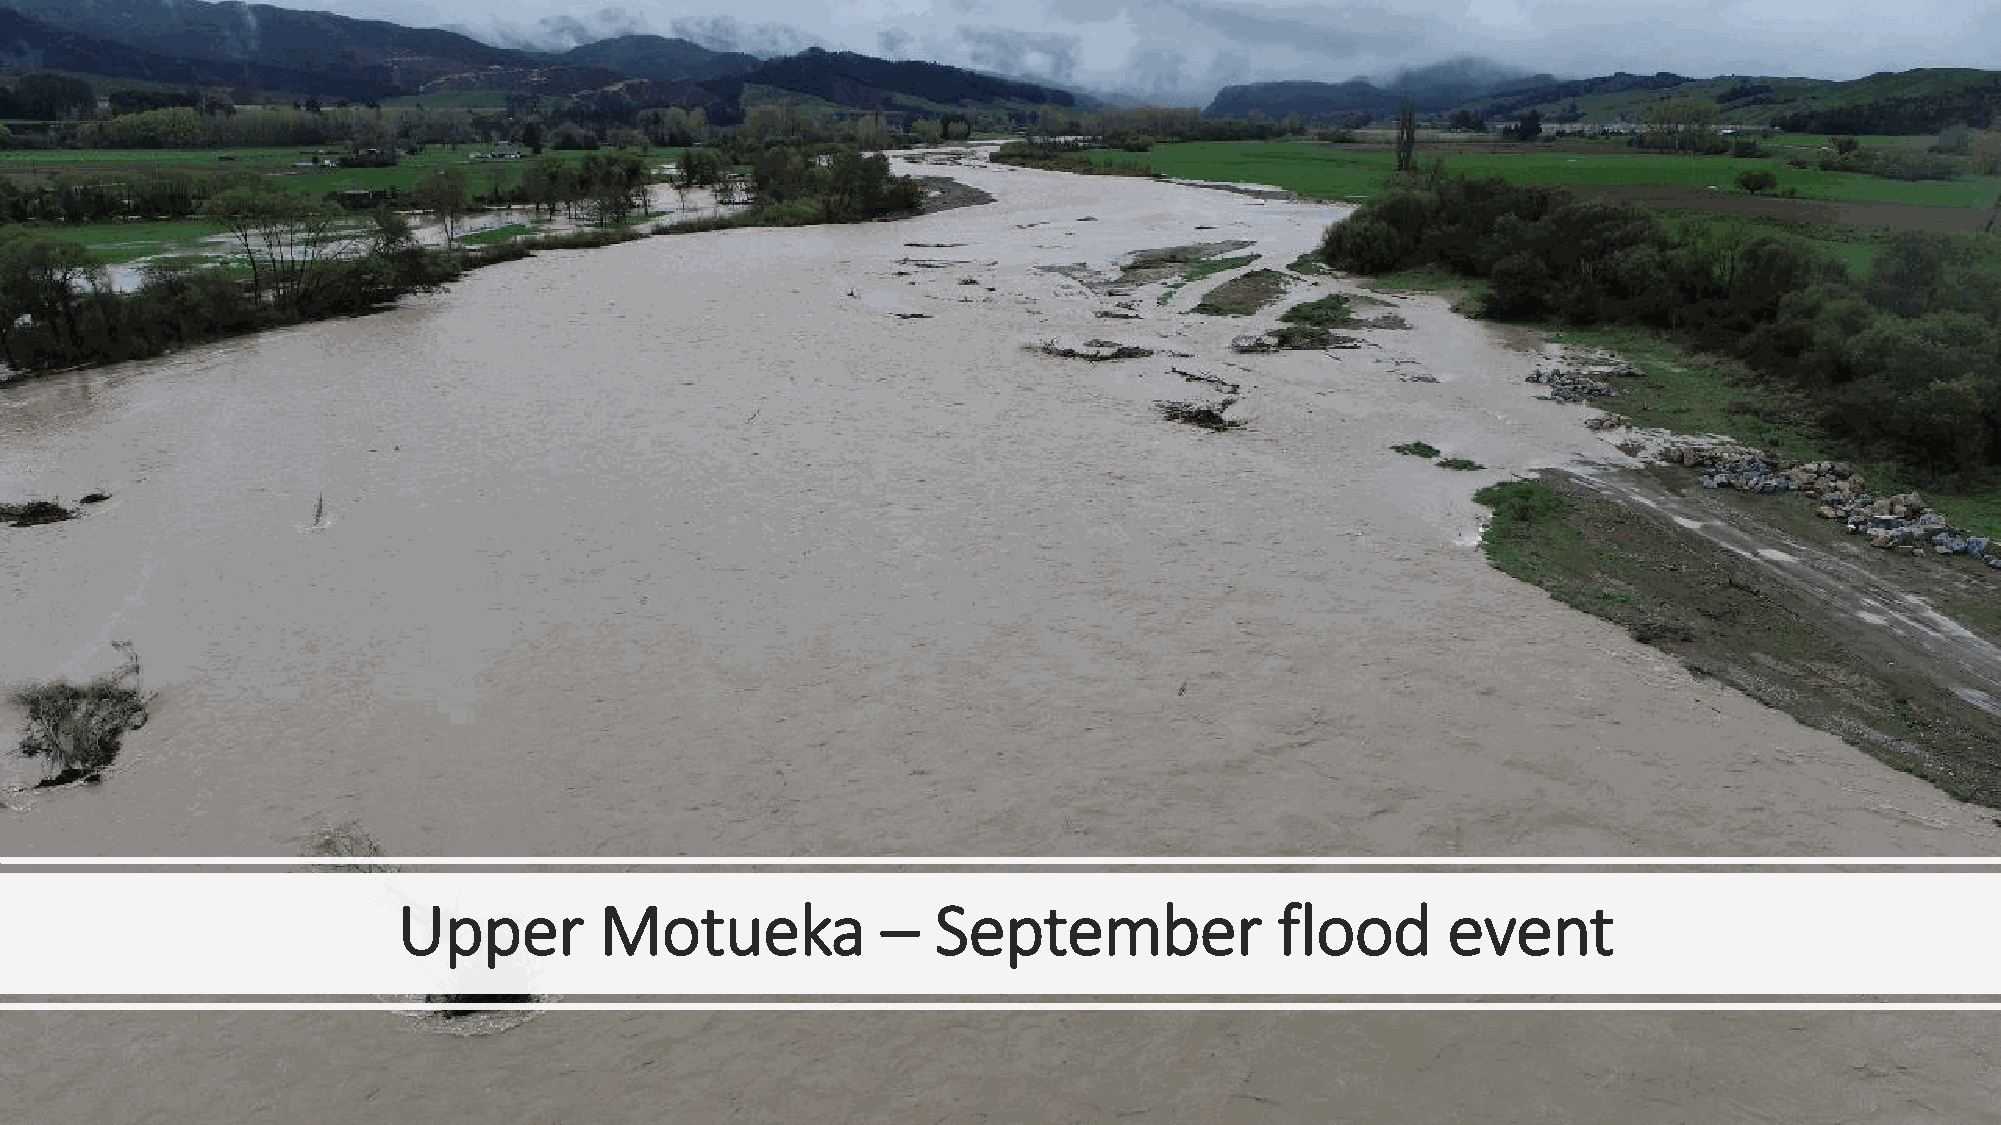
Upper         Motueka           –   September              flood      event